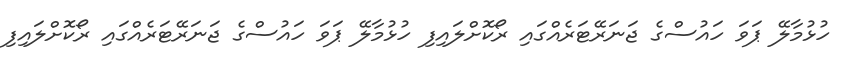
ހުޅުމާލޭ ޕަވަ ހައުސްގެ ޖަނަރޭޓަރެއްގައި ރޯކޮށްލައިފި ހުޅުމާލޭ ޕަވަ ހައުސްގެ ޖަނަރޭޓަރެއްގައި ރޯކޮށްލައިފި